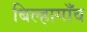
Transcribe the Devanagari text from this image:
बिल्हागाँव